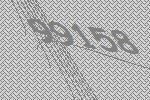
99158